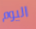
اليوم